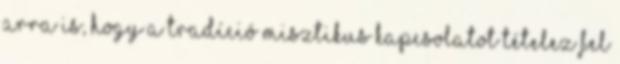
arra is, hogy a tradíció misztikus kapcsolatot tételez fel